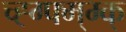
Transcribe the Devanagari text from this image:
च्ह्ग्फ्म्म्क्